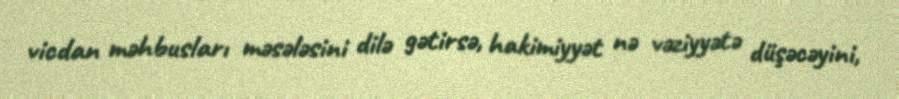
vicdan məhbusları məsələsini dilə gətirsə, hakimiyyət nə vəziyyətə düşəcəyini,